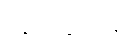
ကွင်းဆင်း၍